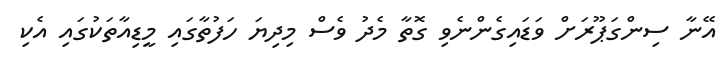
އޭނާ ސިންގަޕޫރަށް ވަޑައިގެންނެވި ގޮތާ މެދު ވެސް މިދިޔަ ހަފުތާގައި މީޑިއާތަކުގައި އެކި